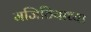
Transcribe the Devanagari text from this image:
मजिठियाच्या